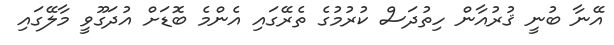
އޭނާ ބުނީ ޤުރުއާން ހިތުދަސް ކުރުމުގެ ތެރޭގައި އެންމެ ބޮޑަށް އުދަގޫވީ މާލޭގައި